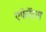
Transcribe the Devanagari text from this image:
एफेरेंट्स